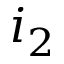
i _ { 2 }